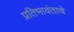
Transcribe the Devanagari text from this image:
प्रतिभावंताचे